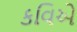
કવિએ